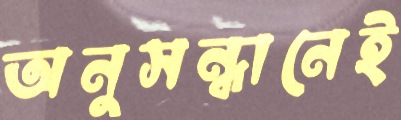
অনুসন্ধানেই